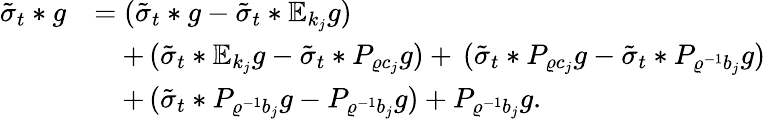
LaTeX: \begin{array}{rl}{\tilde{\sigma}_{t}\ast g}&{=(\tilde{\sigma}_{t}\ast g-\tilde{\sigma}_{t}\ast\mathbb{E}_{k_{j}}g)}\\ &{\quad+\, (\tilde{\sigma}_{t}\ast\mathbb{E}_{k_{j}}g-\tilde{\sigma}_{t}\ast P_{\varrho c_{j}}g)+\, (\tilde{\sigma}_{t}\ast P_{\varrho c_{j}}g-\tilde{\sigma}_{t}\ast P_{\varrho^{-1}b_{j}}g)}\\ &{\quad+\, (\tilde{\sigma}_{t}\ast P_{\varrho^{-1}b_{j}}g-P_{\varrho^{-1}b_{j}}g)+P_{\varrho^{-1}b_{j}}g.}\end{array}